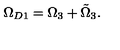
\Omega _ { D 1 } = \Omega _ { 3 } + \tilde { \Omega } _ { 3 } .